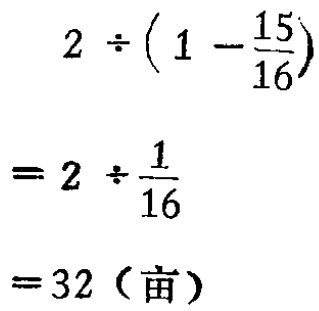
\[

\begin{align*}

&2\div\left(1 - \frac{15}{16}\right)\\

=&2\div\frac{1}{16}\\

=&32（亩）

\end{align*}

\]